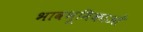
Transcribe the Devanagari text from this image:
भावभूमिकाओं